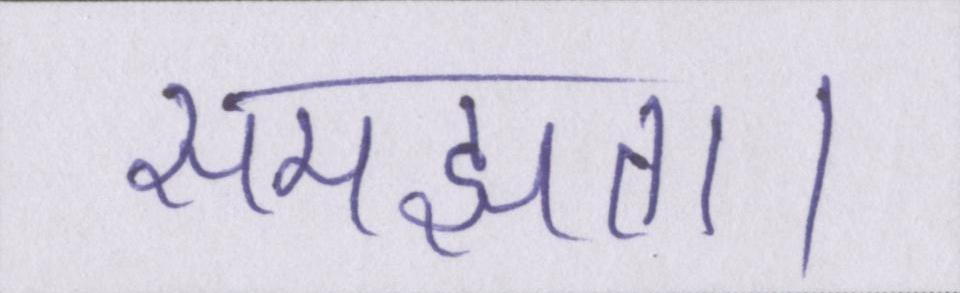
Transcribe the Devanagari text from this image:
समझता।